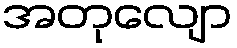
အတုလျော